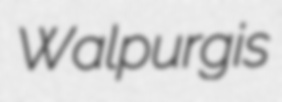
Walpurgis